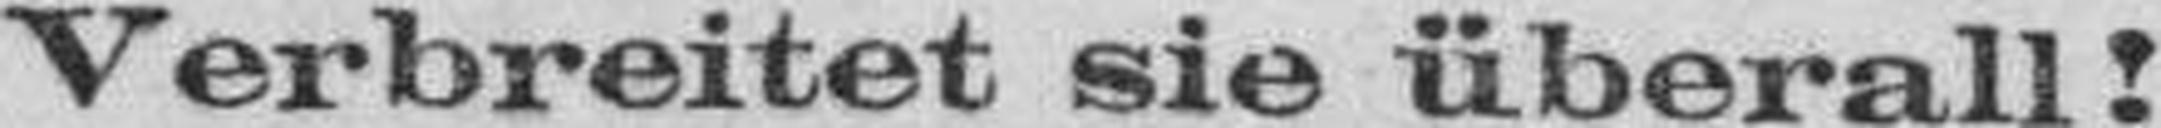
Verbreitet sie überall!